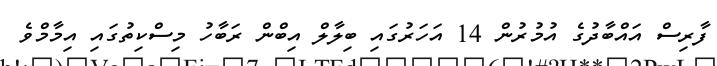
ފާރިސް އައްބާދުގެ އުމުރުން 14 އަހަރުގައި ބިލާލް އިބްން ރަބާހު މިސްކިތުގައި އިމާމްވެ